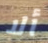
ألا